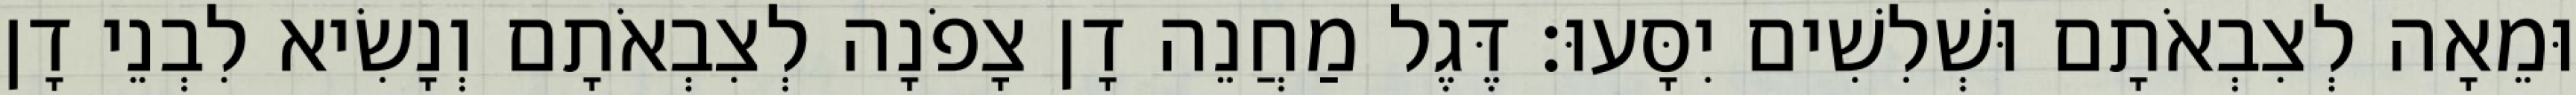
וּמֵאָה לְצִבְאֹתָם וּשְׁלִשִׁים יִסָּעוּ׃ דֶּגֶל מַחֲנֵה דָן צָפֹנָה לְצִבְאֹתָם וְנָשִׂיא לִבְנֵי דָן